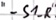
Text: "-S1_R"